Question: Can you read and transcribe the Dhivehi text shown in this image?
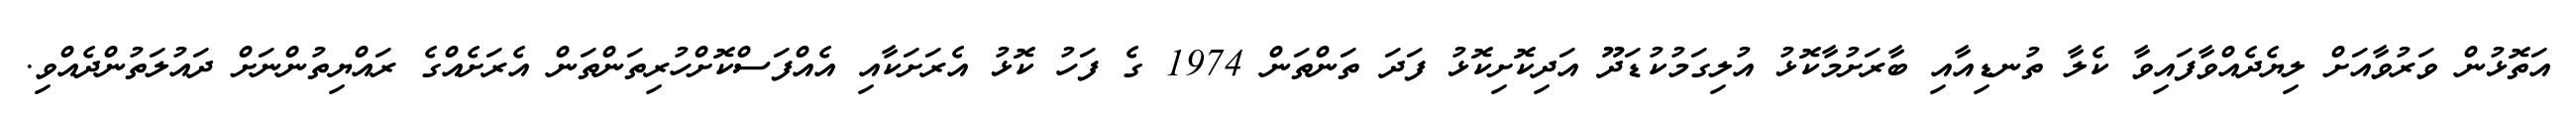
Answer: އަތޮޅުން ވަރުވާއަށް ލިޔެދެއްވާފައިވާ ކެލާ ތުނޑިއާއި ބާރަށުމާކޮޅު އުލިގަމުކުޑަދޫ އަދިކޮށިކޮޅު ފަދަ ތަންތަން 1974 ގެ ފަހު ކޮޅު އެރަށަކާއި އެއްފަސްކޮށްހުރިތަންތަން އެރަށެއްގެ ރައްޔިތުންނަށް ދައުލަތުންދެއްވި.